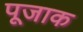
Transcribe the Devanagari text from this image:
पूजाक